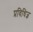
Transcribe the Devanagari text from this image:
प्रविधिज्ञ